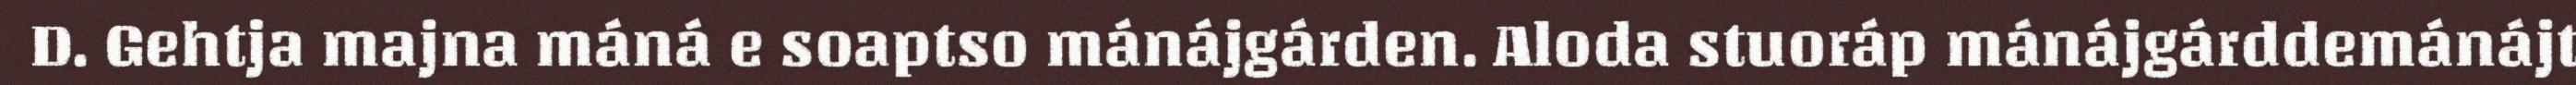
D. Gehtja majna máná e soaptso mánájgárden. Aloda stuoráp mánájgárddemánájt